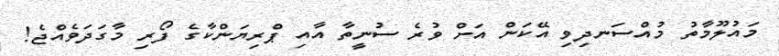
މައުލޫމާތު މުއްސަނދިވި އޭކަން އަށް ވުރެ ސުނީތާ އާއި ޕްރިޔަންކާގެ ފޯރި މާގަދަވެއްޖެ!